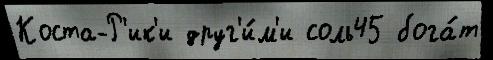
Коста-Р'ик'и друг'и́м'и соль45 бога́т